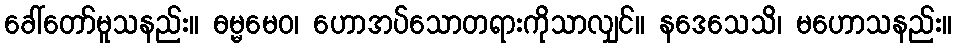
ခေါ်တော်မူသနည်း။ ဓမ္မမေဝ၊ ဟောအပ်သောတရားကိုသာလျှင်။ နဒေသေသိ၊ မဟောသနည်း။